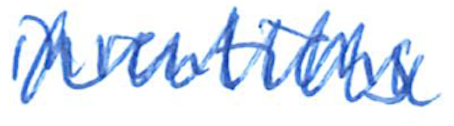
Text: inventions
Cross-out: zig-zag
Writing tool: ballpoint